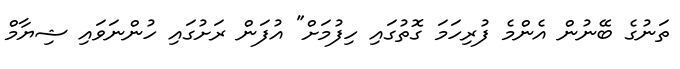
ތަނުގެ ބޭނުން އެންމެ ފުރިހަމަ ގޮތުގައި ހިފުމަށް" އުފަން ރަށުގައި ހުންނަވައި ޝިޔާމް